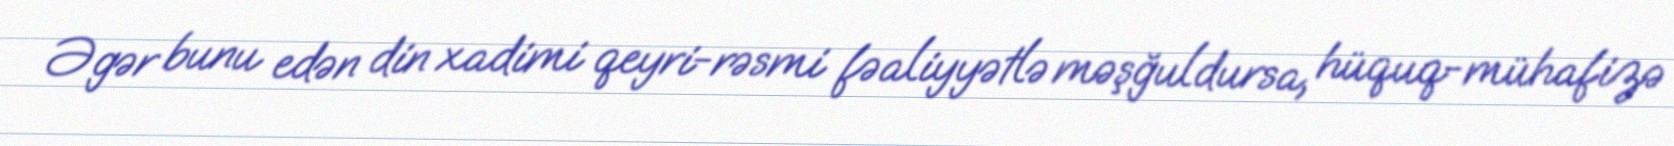
Əgər bunu edən din xadimi qeyri-rəsmi fəaliyyətlə məşğuldursa, hüquq-mühafizə